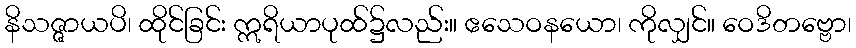
နိသဇ္ဇာယပိ၊ ထိုင်ခြင်း ဣရိယာပုထ်၌လည်း။ ဧသေဝနယော၊ ကိုလျှင်။ ဝေဒိတဗ္ဗော၊